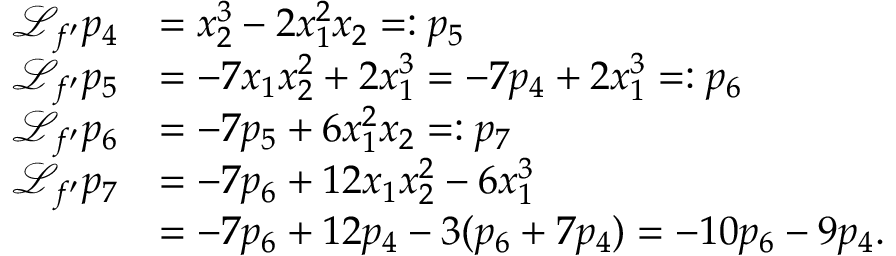
\begin{array} { r l } { { \mathcal { L } } _ { f ^ { \prime } } p _ { 4 } } & { = x _ { 2 } ^ { 3 } - 2 x _ { 1 } ^ { 2 } x _ { 2 } = : p _ { 5 } } \\ { { \mathcal { L } } _ { f ^ { \prime } } p _ { 5 } } & { = - 7 x _ { 1 } x _ { 2 } ^ { 2 } + 2 x _ { 1 } ^ { 3 } = - 7 p _ { 4 } + 2 x _ { 1 } ^ { 3 } = : p _ { 6 } } \\ { { \mathcal { L } } _ { f ^ { \prime } } p _ { 6 } } & { = - 7 p _ { 5 } + 6 x _ { 1 } ^ { 2 } x _ { 2 } = : p _ { 7 } } \\ { { \mathcal { L } } _ { f ^ { \prime } } p _ { 7 } } & { = - 7 p _ { 6 } + 1 2 x _ { 1 } x _ { 2 } ^ { 2 } - 6 x _ { 1 } ^ { 3 } } \\ & { = - 7 p _ { 6 } + 1 2 p _ { 4 } - 3 ( p _ { 6 } + 7 p _ { 4 } ) = - 1 0 p _ { 6 } - 9 p _ { 4 } . } \end{array}